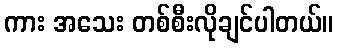
ကား အသေး တစ်စီးလိုချင်ပါတယ်။